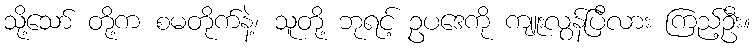
သို့သော် တို့က စမတိုက်နဲ့၊ သူတို့ ဘုရင့် ဥပဒေကို ကျူးလွန်ပြီလား ကြည့်ဦး။